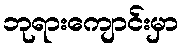
ဘုရားကျောင်းမှာ